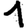
Digit: 1